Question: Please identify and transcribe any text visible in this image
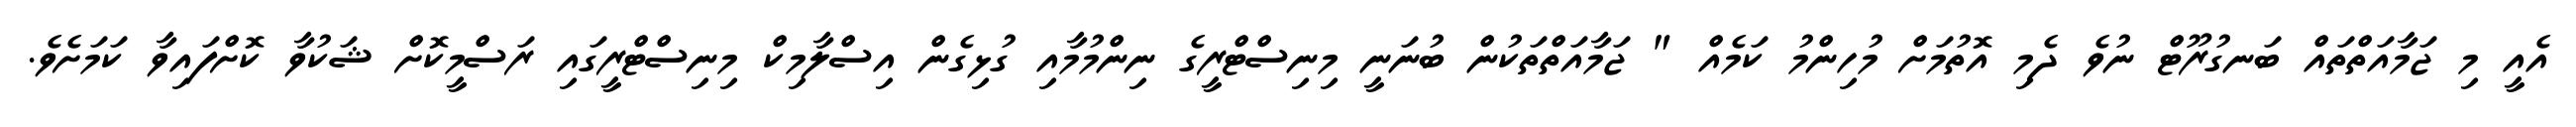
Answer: އެއީ މި ޖަމާއަތްތައް ބަނގުރޫޓް ނުވެ ދެމި އޮތުމަށް މުހިންމު ކަމެއް " ޖަމާއަތްތަކުން ބުނަނީ މިނިސްޓްރީގެ ނިންމުމާއި ގުޅިގެން އިސްލާމިކް މިނިސްޓްރީގައި ރަސްމީކޮށް ޝަކުވާ ކޮށްފައިވާ ކަމަށެވެ.